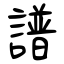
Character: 譜